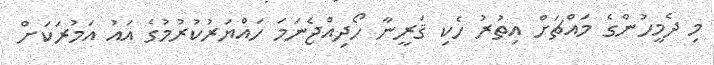
މި ދެމީހުންގެ މައްޗަށް އިތުރު ހެކި ޤަރީނާ ހޯދިއްޖެނަމަ ހައްޔަރުކުރުމުގެ އައު އަމުރަކަށް